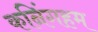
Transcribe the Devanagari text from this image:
कनिंगहम